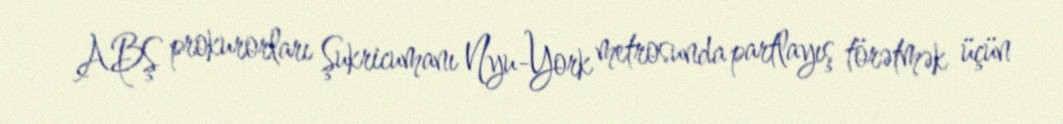
ABŞ prokurorları Şukricumanı Nyu-York metrosunda partlayış törətmək üçün